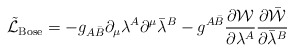
\begin{align*}\tilde{{\cal L}}_{\rm Bose}=-g_{A\bar{B}}\partial_{\mu}\lambda^{A}\partial^{\mu}\bar{\lambda}^{B}-g^{A\bar{B}}\frac{\partial{\cal W}}{\partial\lambda^{A}}\frac{\partial\bar{{\cal W}}}{\partial\bar{\lambda}^{B}} \end{align*}